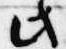
此